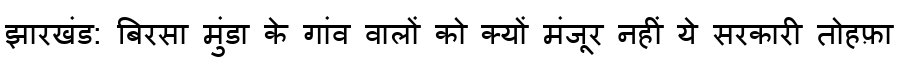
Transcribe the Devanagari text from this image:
झारखंड: बिरसा मुंडा के गांव वालों को क्यों मंजूर नहीं ये सरकारी तोहफ़ा